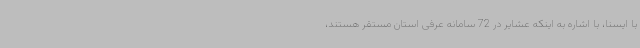
با ایسنا، با اشاره به اینکه عشایر در 72 سامانه عرفی استان مستقر هستند،